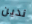
ندين